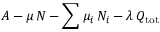
A - \mu \, N - \sum \mu _ { i } \, N _ { i } - \lambda \, Q _ { \mathrm { t o t } }